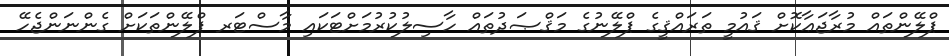
ޕްލޭންތައް މުރާޖަޢާކޮށް ޤައުމީ ތަރައްޤީގެ ޕްލޭނުގެ މަޤްޞަދުތައް ހާސިލުކުރުމަށްޓަކައި މާސްޓަރ ޕްލޭންތަކަށް ގެންނަންޖެހޭ